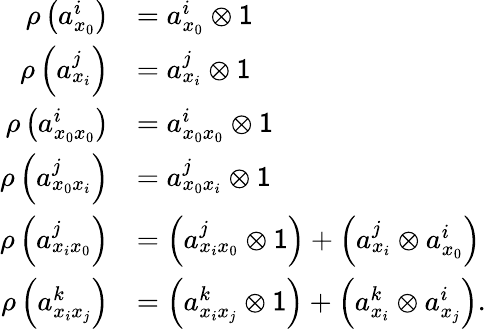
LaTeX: \begin{array}{rl}{\rho\left(a_{x_{0}}^{i}\right)}&{=a_{x_{0}}^{i}\otimes\mathsf{1}}\\ {\rho\left(a_{x_{i}}^{j}\right)}&{=a_{x_{i}}^{j}\otimes\mathsf{1}}\\ {\rho\left(a_{x_{0}x_{0}}^{i}\right)}&{=a_{x_{0}x_{0}}^{i}\otimes\mathsf{1}}\\ {\rho\left(a_{x_{0}x_{i}}^{j}\right)}&{=a_{x_{0}x_{i}}^{j}\otimes\mathsf{1}}\\ {\rho\left(a_{x_{i}x_{0}}^{j}\right)}&{=\left(a_{x_{i}x_{0}}^{j}\otimes\mathsf{1}\right)+\left(a_{x_{i}}^{j}\otimes a_{x_{0}}^{i}\right)}\\ {\rho\left(a_{x_{i}x_{j}}^{k}\right)}&{=\left(a_{x_{i}x_{j}}^{k}\otimes\mathsf{1}\right)+\left(a_{x_{i}}^{k}\otimes a_{x_{j}}^{i}\right).}\end{array}